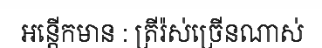
អន្តើកមាន : ត្រីរ៉ស់ច្រើនណាស់